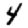
Digit: 4